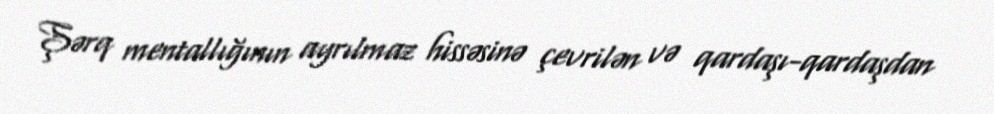
Şərq mentallığının ayrılmaz hissəsinə çevrilən və qardaşı-qardaşdan